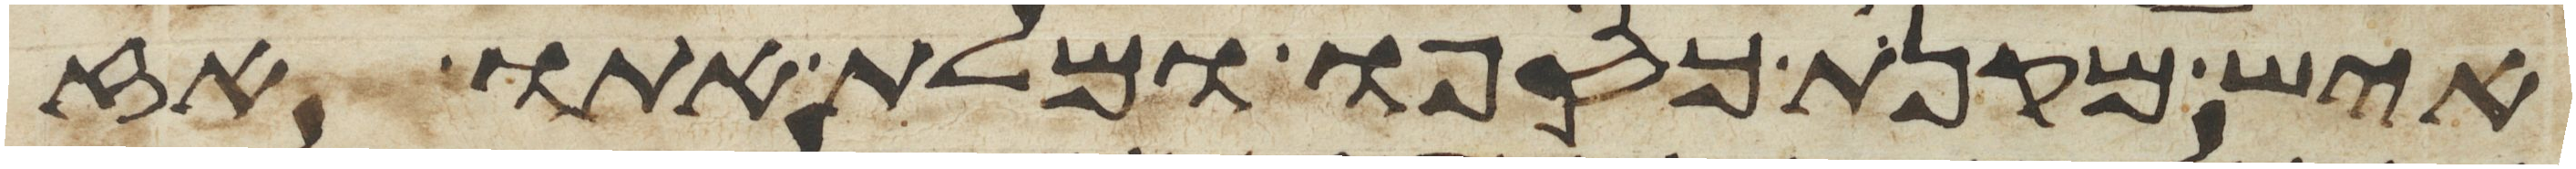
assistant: איש מקנת כספו ומלת אתו אז